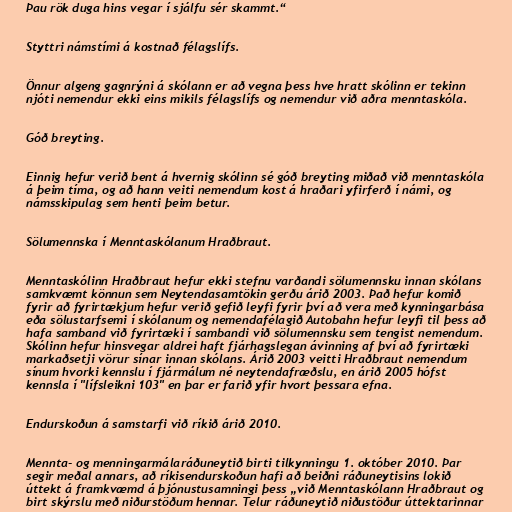
Þau rök duga hins vegar í sjálfu sér skammt.“

Styttri námstími á kostnað félagslífs.

Önnur algeng gagnrýni á skólann er að vegna þess hve hratt skólinn er tekinn
njóti nemendur ekki eins mikils félagslífs og nemendur við aðra menntaskóla.

Góð breyting.

Einnig hefur verið bent á hvernig skólinn sé góð breyting miðað við menntaskóla
á þeim tíma, og að hann veiti nemendum kost á hraðari yfirferð í námi, og
námsskipulag sem henti þeim betur.

Sölumennska í Menntaskólanum Hraðbraut.

Menntaskólinn Hraðbraut hefur ekki stefnu varðandi sölumennsku innan skólans
samkvæmt könnun sem Neytendasamtökin gerðu árið 2003. Það hefur komið
fyrir að fyrirtækjum hefur verið gefið leyfi fyrir því að vera með kynningarbása
eða sölustarfsemi í skólanum og nemendafélagið Autobahn hefur leyfi til þess að
hafa samband við fyrirtæki í sambandi við sölumennsku sem tengist nemendum.
Skólinn hefur hinsvegar aldrei haft fjárhagslegan ávinning af því að fyrirtæki
markaðsetji vörur sínar innan skólans. Árið 2003 veitti Hraðbraut nemendum
sínum hvorki kennslu í fjármálum né neytendafræðslu, en árið 2005 hófst
kennsla í "lífsleikni 103" en þar er farið yfir hvort þessara efna.

Endurskoðun á samstarfi við ríkið árið 2010.

Mennta- og menningarmálaráðuneytið birti tilkynningu 1. október 2010. Þar
segir meðal annars, að ríkisendurskoðun hafi að beiðni ráðuneytisins lokið
úttekt á framkvæmd á þjónustusamningi þess „við Menntaskólann Hraðbraut og
birt skýrslu með niðurstöðum hennar. Telur ráðuneytið niðustöður úttektarinnar